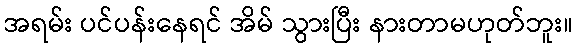
အရမ်း ပင်ပန်းနေရင် အိမ် သွားပြီး နားတာမဟုတ်ဘူး။